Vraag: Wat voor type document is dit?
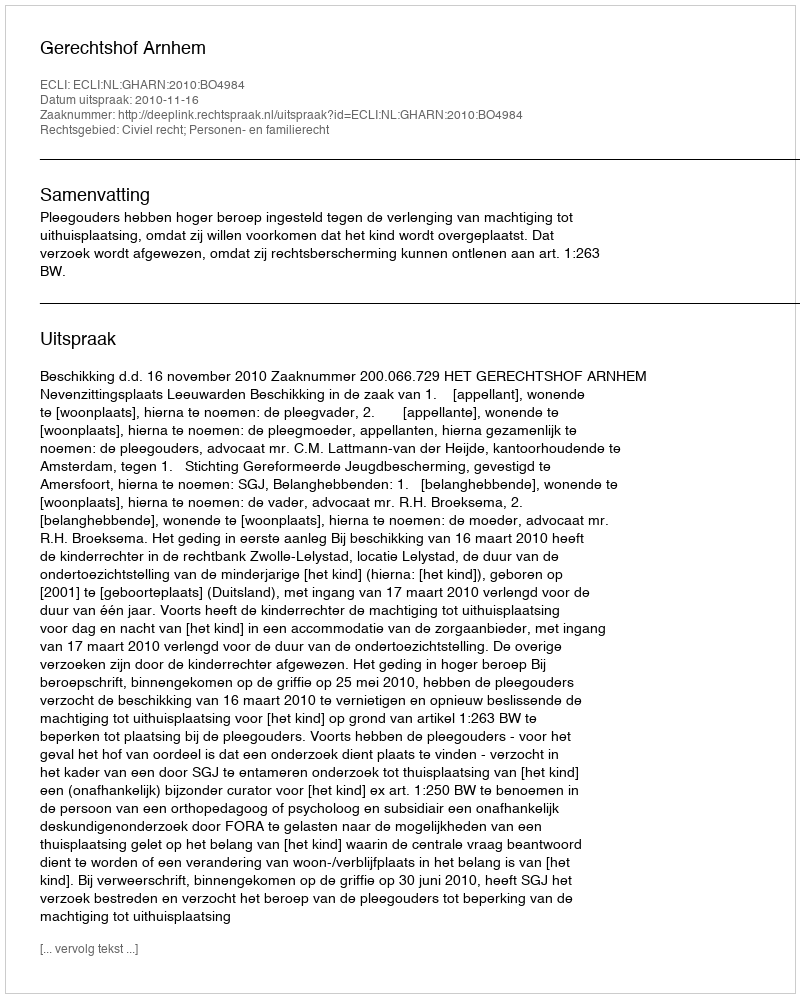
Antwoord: Uitspraak